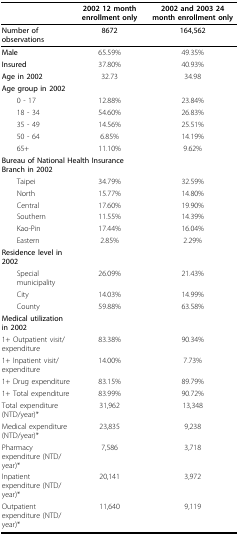
<table><thead><tr><td></td><td><b>2002 12 month enrollment only</b></td><td><b>2002 and 2003 24 month enrollment only</b></td></tr></thead><tbody><tr><td><b>Number of observations</b></td><td><b>8672</b></td><td><b>164,562</b></td></tr><tr><td><b>Male</b></td><td>65.59%</td><td>49.35%</td></tr><tr><td><b>Insured</b></td><td>37.80%</td><td>40.93%</td></tr><tr><td><b>Age in 2002</b></td><td>32.73</td><td>34.98</td></tr><tr><td><b>Age group in 2002</b></td><td></td><td></td></tr><tr><td> 0 - 17</td><td>12.88%</td><td>23.84%</td></tr><tr><td> 18 - 34</td><td>54.60%</td><td>26.83%</td></tr><tr><td> 35 - 49</td><td>14.56%</td><td>25.51%</td></tr><tr><td> 50 - 64</td><td>6.85%</td><td>14.19%</td></tr><tr><td> 65+</td><td>11.10%</td><td>9.62%</td></tr><tr><td colspan="2"><b>Bureau of National Health Insurance Branch in 2002</b></td><td></td></tr><tr><td> Taipei</td><td>34.79%</td><td>32.59%</td></tr><tr><td> North</td><td>15.77%</td><td>14.80%</td></tr><tr><td> Central</td><td>17.60%</td><td>19.90%</td></tr><tr><td> Southern</td><td>11.55%</td><td>14.39%</td></tr><tr><td> Kao-Pin</td><td>17.44%</td><td>16.04%</td></tr><tr><td> Eastern</td><td>2.85%</td><td>2.29%</td></tr><tr><td><b>Residence level in 2002</b></td><td></td><td></td></tr><tr><td> Special municipality</td><td>26.09%</td><td>21.43%</td></tr><tr><td> City</td><td>14.03%</td><td>14.99%</td></tr><tr><td> County</td><td>59.88%</td><td>63.58%</td></tr><tr><td><b>Medical utilization in 2002</b></td><td></td><td></td></tr><tr><td>1+ Outpatient visit/expenditure</td><td>83.38%</td><td>90.34%</td></tr><tr><td>1+ Inpatient visit/expenditure</td><td>14.00%</td><td>7.73%</td></tr><tr><td>1+ Drug expenditure</td><td>83.15%</td><td>89.79%</td></tr><tr><td>1+ Total expenditure</td><td>83.99%</td><td>90.72%</td></tr><tr><td>Total expenditure (NTD/year)*</td><td>31,962</td><td>13,348</td></tr><tr><td>Medical expenditure (NTD/year)*</td><td>23,835</td><td>9,238</td></tr><tr><td>Pharmacy expenditure (NTD/year)*</td><td>7,586</td><td>3,718</td></tr><tr><td>Inpatient expenditure (NTD/year)*</td><td>20,141</td><td>3,972</td></tr><tr><td>Outpatient expenditure (NTD/year)*</td><td>11,640</td><td>9,119</td></tr></tbody></table>